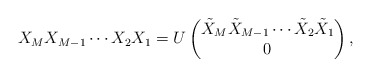
\begin{align*}X_M X_{M-1}\cdots X_2 X_1=U\begin{pmatrix} \tilde{X}_M \tilde{X}_{M-1}\cdots \tilde{X}_2 \tilde{X}_1 \\ 0 \end{pmatrix},\end{align*}